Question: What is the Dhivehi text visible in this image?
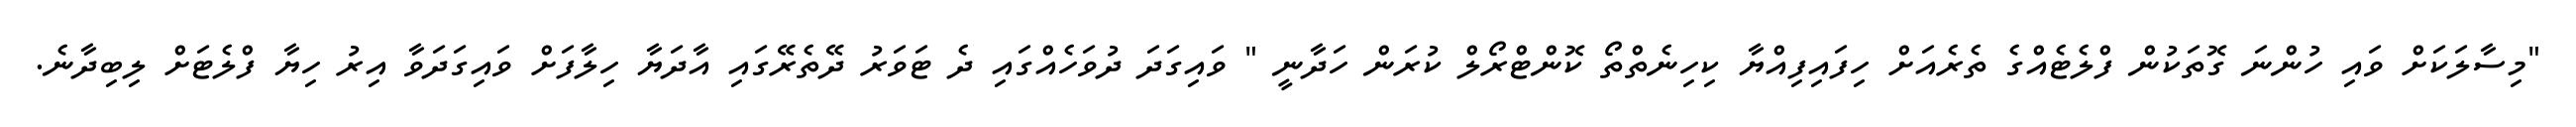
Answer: "މިސާލަކަށް ވައި ހުންނަ ގޮތަކުން ފްލެޓެއްގެ ތެރެއަށް ހިފައިފިއްޔާ ކިހިނެތްތޯ ކޮންޓްރޯލް ކުރަން ހަދާނީ " ވައިގަދަ ދުވަހެއްގައި ދެ ޓަވަރު ދޭތެރޭގައި އާދަޔާ ހިލާފަށް ވައިގަދަވާ އިރު ހިޔާ ފްލެޓަށް ލިބިދާނެ.